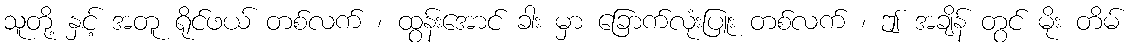
သူတို့ နှင့် အတူ ရိုင်ဖယ် တစ်လက် ၊ ထွန်းအောင် ခါး မှာ ခြောက်လုံးပြူး တစ်လက် ၊ ဤ အချိန် တွင် မိုး တိမ်